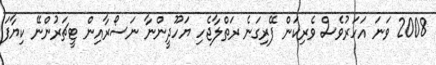
2008 ވަނަ އަހަރުވެސް ވެރިކަން ފޭރިގަނެ ރަތްލާޖެހި ޔަހޫދީންނާ ނަސޯރާއިން ޓީޗަރުންނޭ ކިޔާފަ